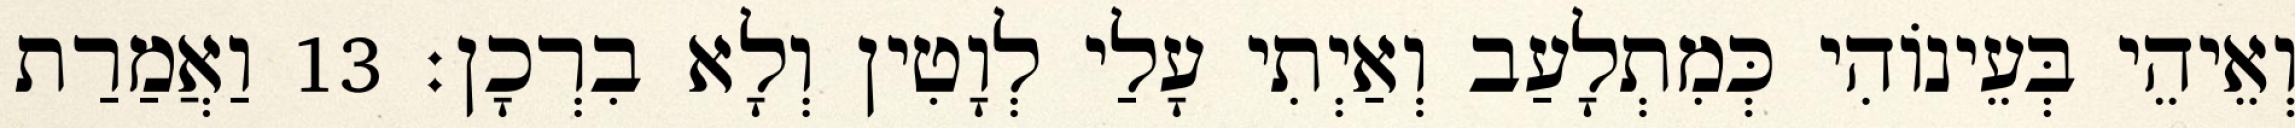
וְאֵיהֵי בְּעֵינוֹהִי כְּמִתְלָעַב וְאַיְתִי עָלַי לְוָטִין וְלָא בִרְכָן׃ 13 וַאֲמַרַת